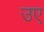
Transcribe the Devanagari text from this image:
उए